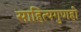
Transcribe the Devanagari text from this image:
साहित्यगुणही